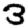
Digit: 3